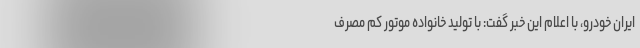
ایران‌ خودرو، با اعلام این خبر گفت: با تولید خانواده موتور کم‌ مصرف